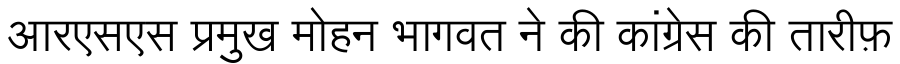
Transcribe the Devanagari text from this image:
आरएसएस प्रमुख मोहन भागवत ने की कांग्रेस की तारीफ़